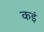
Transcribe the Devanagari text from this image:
कइं